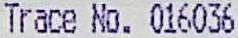
TRACE NO. 016036